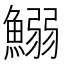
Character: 鰯